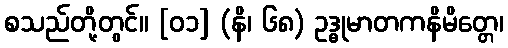
စသည်တို့တွင်။ [၀၁] (နိ၊ ၆၈) ဥဒ္ဓုမာတကနိမိတ္တေ၊